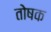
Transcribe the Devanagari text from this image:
तोषक